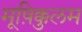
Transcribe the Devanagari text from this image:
मूष़िक्कुलम